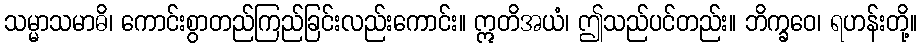
သမ္မာသမာဓိ၊ ကောင်းစွာတည်ကြည်ခြင်းလည်းကောင်း။ ဣတိအယံ၊ ဤသည်ပင်တည်း။ ဘိက္ခဝေ၊ ရဟန်းတို့။